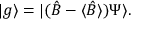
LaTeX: | g \rangle = | ( { \hat { B } } - \langle { \hat { B } } \rangle ) \Psi \rangle .